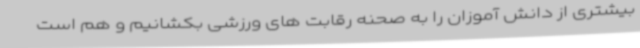
بیشتری از دانش آموزان را به صحنه رقابت های ورزشی بکشانیم و هم است